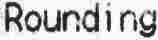
ROUNDING